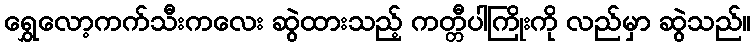
ရွှေလော့ကက်သီးကလေး ဆွဲထားသည့် ကတ္တီပါကြိုးကို လည်မှာ ဆွဲသည်။